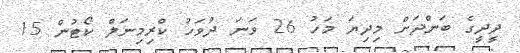
ދީދީގެ ބަންދަށް މިދިޔަ މަހު 26 ވަނަ ދުވަހު ކްރިމިނަލް ކޯޓުން 15